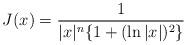
LaTeX: \begin{align*}J(x)=\frac{1}{|x|^n\{1+(\ln|x|)^2\}}\end{align*}